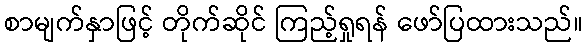
စာမျက်နှာဖြင့် တိုက်ဆိုင် ကြည့်ရှုရန် ဖော်ပြထားသည်။